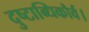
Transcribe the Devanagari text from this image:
दुष्टाब्धिकौर्व।